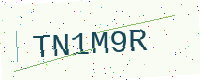
Text: TN1M9R